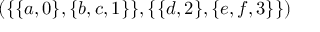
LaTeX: ( \{ \{ a , 0 \} , \{ b , c , 1 \} \} , \{ \{ d , 2 \} , \{ e , f , 3 \} \} )